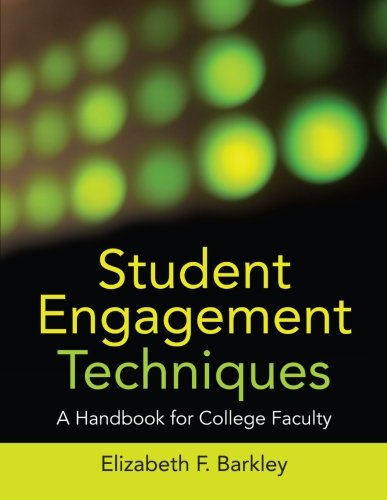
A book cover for Student Engagement Techniques: A Handbook for College Faculty; Elizabeth F. Barkley; Education & Teaching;